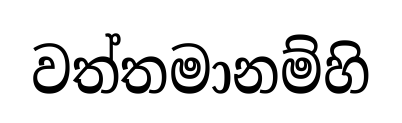
වත්තමානම්හි